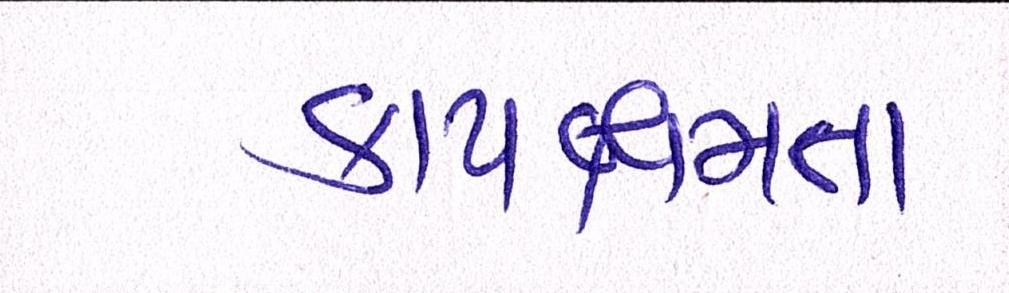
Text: કાર્યક્ષમતા